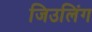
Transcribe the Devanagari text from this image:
जिउलिंग